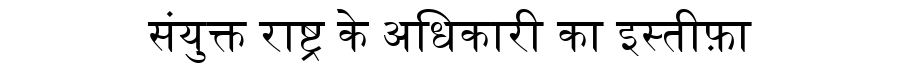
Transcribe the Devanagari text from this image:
संयुक्त राष्ट्र के अधिकारी का इस्तीफ़ा